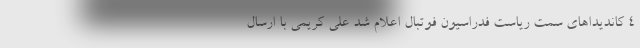
4 کاندیداهای سمت ریاست فدراسیون فوتبال اعلام شد علی کریمی با ارسال